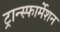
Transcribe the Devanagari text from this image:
ट्रान्स्फार्मेशन